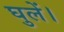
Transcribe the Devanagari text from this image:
घुलें।